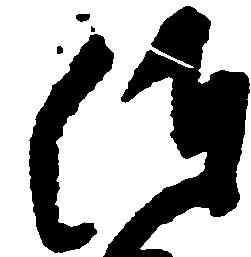
つ